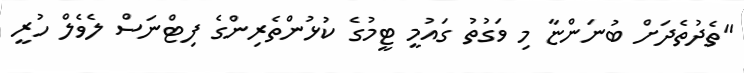
"ތެދުތެދަށް ބުނަންޏާ މި ވަގުތު ގައުމީ ޓީމުގެ ކުޅުންތެރިންގެ ފިޓްނަސް ލެވެލް ހުރީ